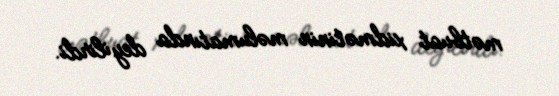
mətbuat xidmətinin məlumatında deyilirdi.